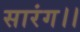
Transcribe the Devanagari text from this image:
सारंग।।